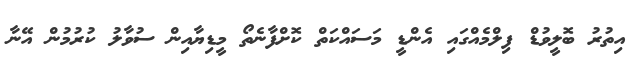
އިތުރު ބޮލީވުޑް ފިލްމެއްގައި އެންޑީ މަސައްކަތް ކޮށްފާނެތޯ މީޑިޔާއިން ސުވާލު ކުރުމުން އޭނާ